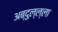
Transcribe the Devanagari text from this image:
अब्दुल्ल्ला